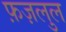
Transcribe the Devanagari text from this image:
फ़ज़लुल